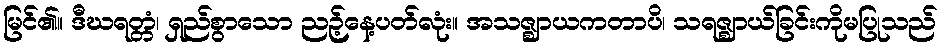
မြင်၏။ ဒီဃရတ္တံ၊ ရှည်စွာသော ညဉ့်နေ့ပတ်လုံး။ အသဇ္ဈာယကတာပိ၊ သရဇ္ဈာယ်ခြင်းကိုမပြုသည်